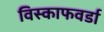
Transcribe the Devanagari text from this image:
विस्काफवर्डा